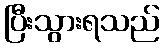
ပြီးသွားရသည်